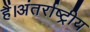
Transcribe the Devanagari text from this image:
हैं।अंतर्राष्ट्रीय